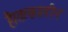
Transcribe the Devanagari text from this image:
है।तत्कालीन